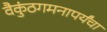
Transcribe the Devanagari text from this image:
वैकुंठगमनापर्यंचा